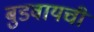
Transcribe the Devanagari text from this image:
बुडवायची